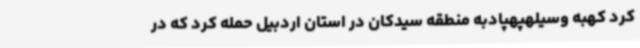
کرد کهبه وسیلهپهپادبه منطقه سیدکان در استان اردبیل حمله کرد که در